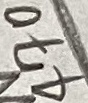
Text: 470